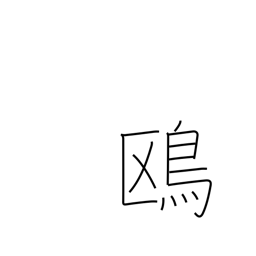
Meaning: seagull